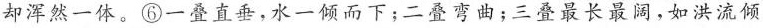
却浑然一体。⑥一叠直垂,水一倾而下;二叠弯曲;三叠最长最阔,如洪流倾